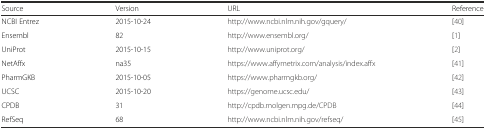
<table><thead><tr><td><b>Source</b></td><td><b>Version</b></td><td><b>URL</b></td><td><b>Reference</b></td></tr></thead><tbody><tr><td>NCBI Entrez</td><td>2015-10-24</td><td>http://www.ncbi.nlm.nih.gov/gquery/</td><td>[40]</td></tr><tr><td>Ensembl</td><td>82</td><td>http://www.ensembl.org/</td><td>[1]</td></tr><tr><td>UniProt</td><td>2015-10-15</td><td>http://www.uniprot.org/</td><td>[2]</td></tr><tr><td>NetAffx</td><td>na35</td><td>https://www.affymetrix.com/analysis/index.affx</td><td>[41]</td></tr><tr><td>PharmGKB</td><td>2015-10-05</td><td>https://www.pharmgkb.org/</td><td>[42]</td></tr><tr><td>UCSC</td><td>2015-10-20</td><td>https://genome.ucsc.edu/</td><td>[43]</td></tr><tr><td>CPDB</td><td>31</td><td>http://cpdb.molgen.mpg.de/CPDB</td><td>[44]</td></tr><tr><td>RefSeq</td><td>68</td><td>http://www.ncbi.nlm.nih.gov/refseq/</td><td>[45]</td></tr></tbody></table>